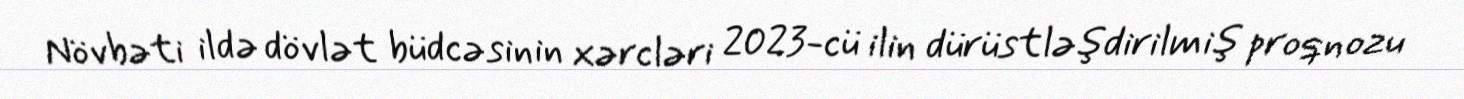
Növbəti ildə dövlət büdcəsinin xərcləri 2023-cü ilin dürüstləşdirilmiş proqnozu